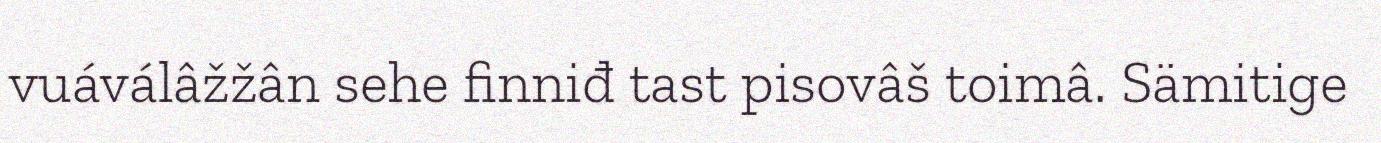
vuáválâžžân sehe finniđ tast pisovâš toimâ. Sämitige